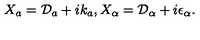
X _ { a } = { \cal D } _ { a } + i k _ { a } , X _ { \alpha } = { \cal D } _ { \alpha } + i \epsilon _ { \alpha } .